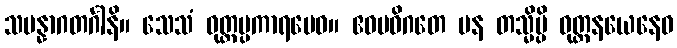
သမန္နာဂတင်္ဂါနိ။ သေသံ ဝုတ္တပ္ပကာရမေဝ။ ဧဝမဓိဂတေ ပန တသ္မိမ္ပိ ဝုတ္တနယေနေဝ